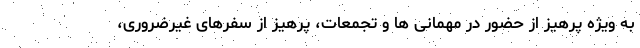
به ویژه پرهیز از حضور در مهمانی ها و تجمعات، پرهیز از سفرهای غیرضروری،